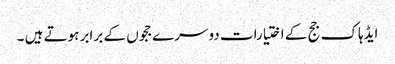
ایڈہاک جج کے اختیارات دوسرے ججوں کے برابر ہوتے ہیں ۔